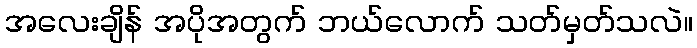
အလေးချိန် အပိုအတွက် ဘယ်လောက် သတ်မှတ်သလဲ။